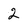
Character: 2